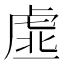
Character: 𧆳